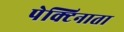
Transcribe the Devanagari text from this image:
पेक्टिनाता